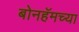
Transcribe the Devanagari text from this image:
बोनहॅमच्या